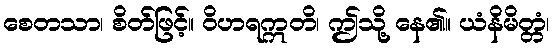
စေတသာ၊ စိတ်ဖြင့်။ ဝိဟရဣတိ၊ ဤသို့ နေ၏။ ယံနိမိတ္တံ၊